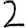
Digit: 2